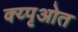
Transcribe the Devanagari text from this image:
क्य्पृओत